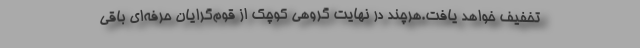
تخفیف خواهد یافت.هرچند در نهایت گروهی کوچک از قوم‌گرایان حرفه‌ای باقی